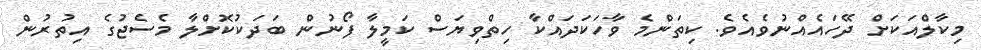
މިކާލްއަކަށް ދޭހައެއްނުވެއެވެ. ކިތަންމެ ވާހަކަދައްކާ ހިތްވިޔަސް ކަމީލާ ފޯނުން ބަދަކުކޮށްލާ މެސެޖުގެ އިތުރުން